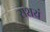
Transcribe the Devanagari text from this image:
संशयं